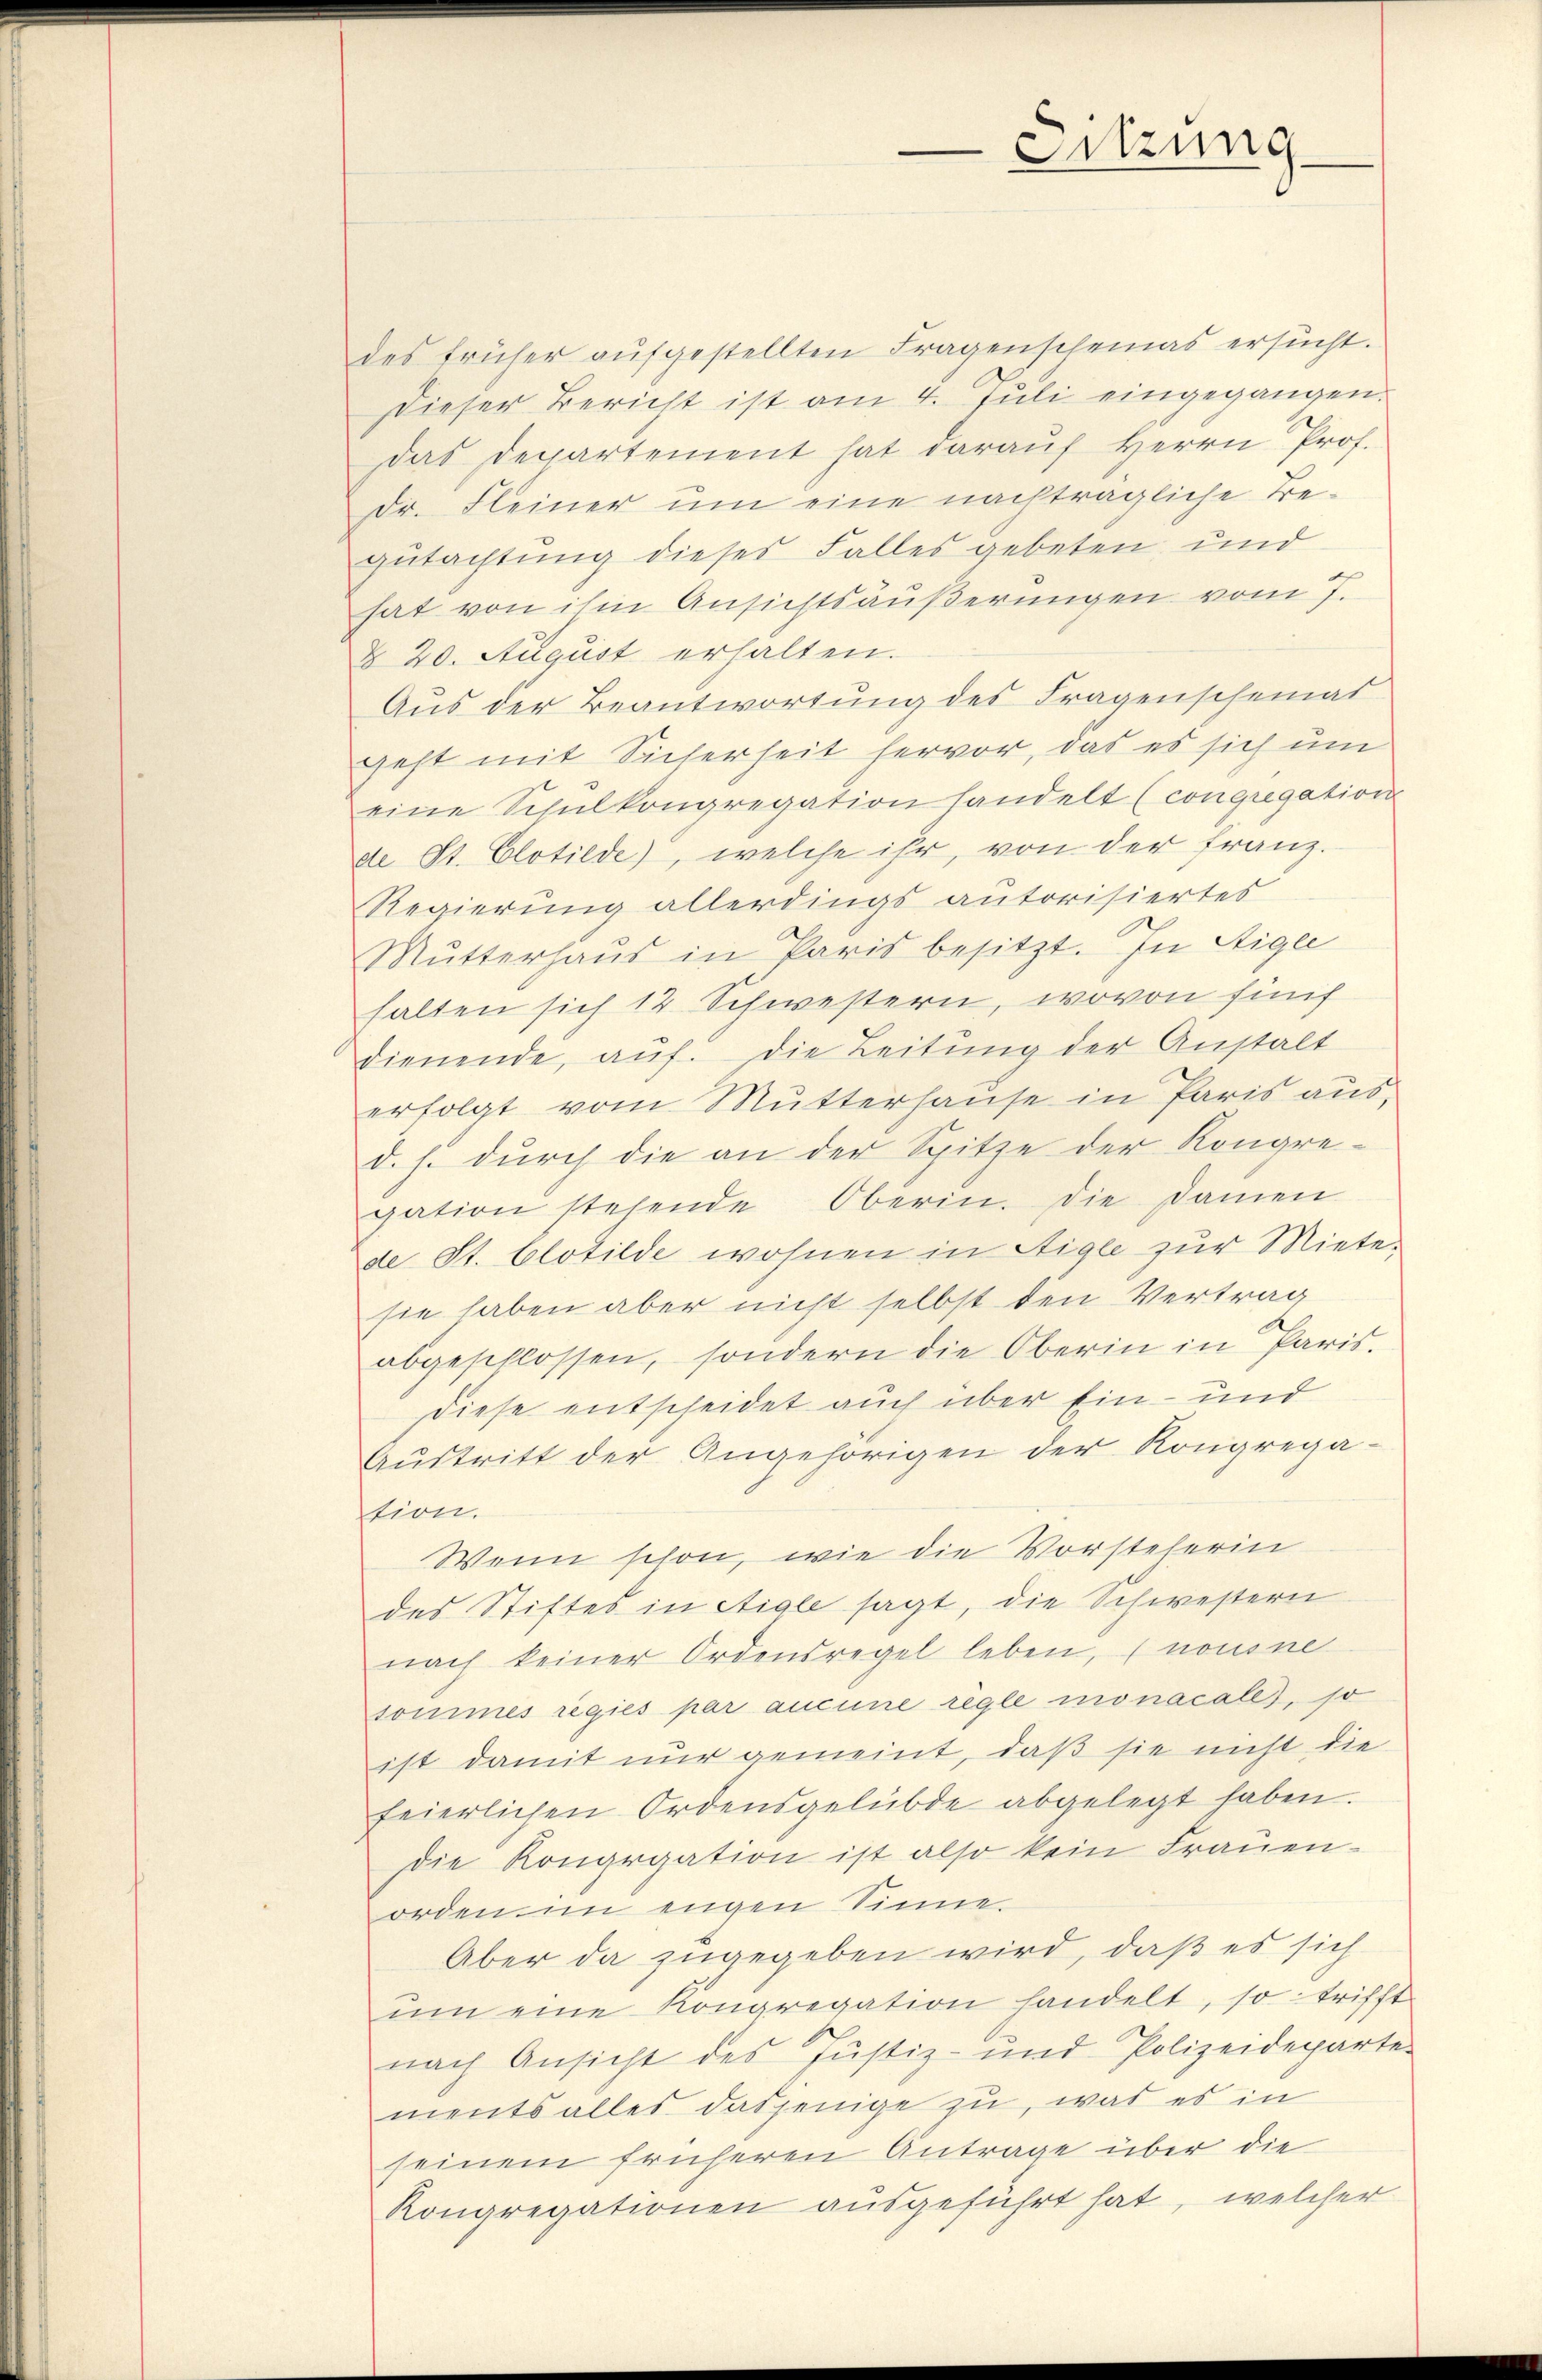
des früher aufgestellten Fragenscheinas ersucht.
Dieser Bericht ist am 4. Juli eingegangen.
Das Departement hat darauf Herrn Prof.
Dr. Fleiner um eine nachträgliche Tegutachtung dieses Falles gebeten, und
hat von ihm Ansichtsäußerungen vom 7.
§ 20. August erhalten.
Aus der Beantwortung des Fragenscheinat
geht mit Sicherheit hervor, das es sich um
eine Schŭlkongregation handelt (congregation
de St. Clotilde, welche ihr, von der franz.
Regierung allerdings autorisiertes
Mŭtterhaŭs in Paris besitzt. In Eige
halten sich 12 Schwestern, wovon fünf
dienende, auf. Die Leitung der Anstalt
erfolgt vom Mutterhause in Paris aus-
d. h. durch die an der Spitze der Kongre-
gation stehende Oberin. Die Damen
de St. Clotilde wohnen in Aigle zur Miete
sie haben aber nicht selbst den Vertrag
abgeschlossen, sondern die Oberin in Paris.
diese entscheidet auch über Ein- und
Austritt der Angehörigen der Kongrega-
tion.
Wenn schon, wie die Vorsteherin
des Stiftes in Aigle sagt, die Schwestern
nach keiner Ordensregel leben, (nousne
sommes regies par aucune règle monacale), so
ist damit nur gemeint, daß sie nicht die
feierlichen Ordensgelübde abgelegt haben.
die Kongrgation ist also kein Frauen-
orden in eigen Sinne
Aber da zugegeben wird, daß es sich
ŭm eine Kongregation handelt, so trifft
nach Ansicht des Justiz- und Polizeideparte
ments alles dasjenige zu, was es in
seinem früheren Antrage über die
Kongregationen ausgeführt hat, welcher

Sitzung